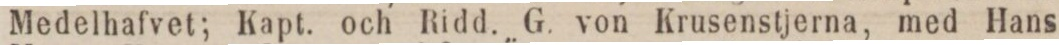
Medelhafvet; Kapt. och Ridd. G. von Krusenstjerna, med Hans